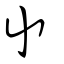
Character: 屮